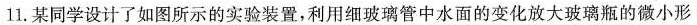
11.某同学设计了如图所示的实验装置，利用细玻璃管中水面的变化放大玻璃瓶的微小形